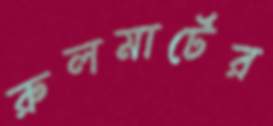
রুলমার্টের